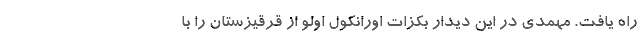
راه یافت. مهمدی در این دیدار بکزات اورانکول اولو از قرقیزستان را با